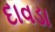
દાવડા